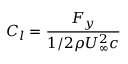
C _ { l } = \frac { F _ { y } } { 1 / 2 \rho U _ { \infty } ^ { 2 } c }